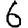
Digit: 6